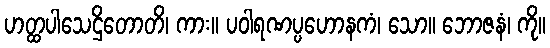
ဟတ္ထပါသေဌိတောတိ၊ ကား။ ပဝါရဏပ္ပဟောနကံ၊ သော။ ဘောဇနံ၊ ကို။